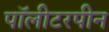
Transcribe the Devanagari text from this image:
पॉलीटरपीन